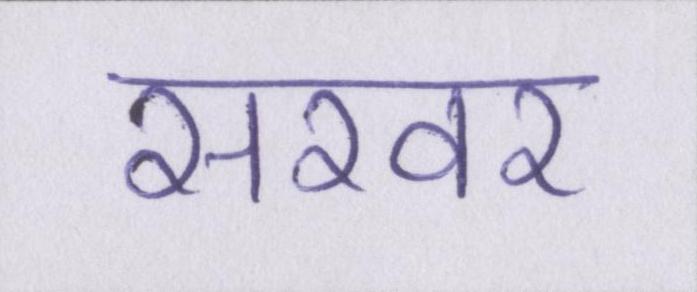
सरवर